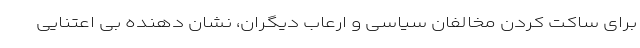
برای ساکت کردن مخالفان سیاسی و ارعاب دیگران، نشان دهنده بی اعتنایی